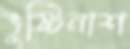
ভুষ্টিনাশ